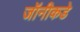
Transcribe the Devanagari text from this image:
जॉनीकडे